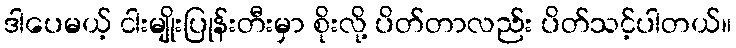
ဒါပေမယ့် ငါးမျိုးပြုန်းတီးမှာ စိုးလို့ ပိတ်တာလည်း ပိတ်သင့်ပါတယ်။